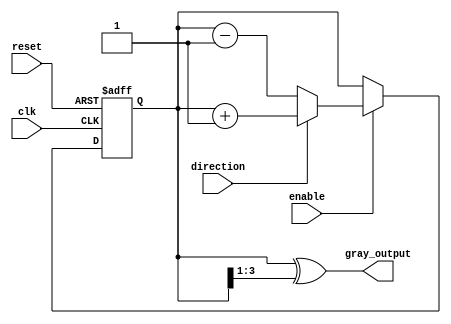
module gray_counter (
    input wire clk,
    input wire reset,
    input wire enable,
    input wire direction, // 0 for decrement, 1 for increment
    output reg [3:0] gray_output
);

reg [3:0] gray_count;

always @(posedge clk or posedge reset) begin
    if (reset) begin
        gray_count <= 4'b0000;
    end else if (enable) begin
        if (direction) begin
            gray_count <= gray_count + 1;
        end else begin
            gray_count <= gray_count - 1;
        end
    end
end

assign gray_output = gray_count ^ (gray_count >> 1);

endmodule